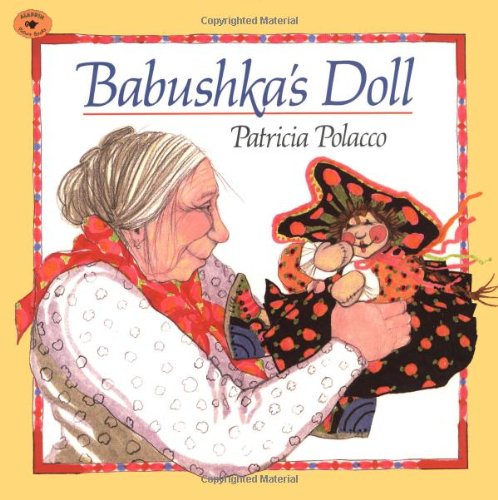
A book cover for Babushka's Doll; Patricia Polacco; Children's Books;